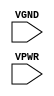
module sky130_fd_sc_hs__tapvgnd (
    VGND,
    VPWR
);

    // Module ports
    input VGND;
    input VPWR;
     // No contents.
endmodule